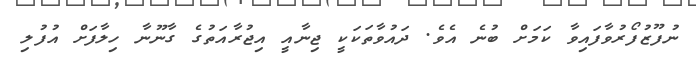
ނުފޫޒުފޯރުވާފައިވާ ކަމަށް ބުނެ އެވެ. ދައުވާތަކަކީ ޖިނާއީ އިޖުރާއަތުގެ ގާނޫނާ ހިލާފަށް އުފުލި